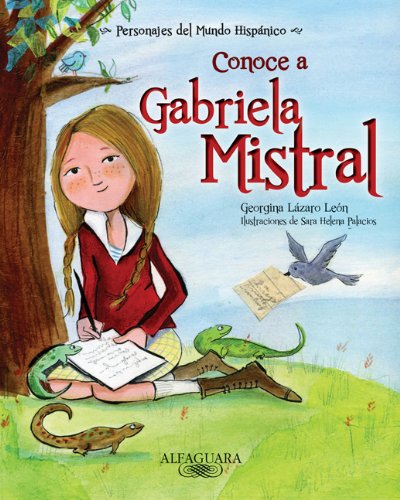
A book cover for Conoce a Gabriela Mistral / Get to know Gabriela Mistral (Personajes Del Mundo Hispanico / Important Figures of the Hispanic World) (Spanish Edition) ... / Important Figures of the Hispanic World); Georgina Lazaro Leon; Teen & Young Adult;